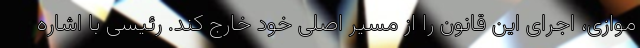
موازی، اجرای این قانون را از مسیر اصلی خود خارج کند. رئیسی با اشاره